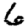
Digit: 6